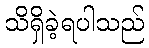
သိရှိခဲ့ရပါသည်